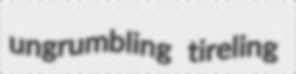
ungrumbling tireling